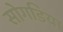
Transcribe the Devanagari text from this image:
सोगडिया